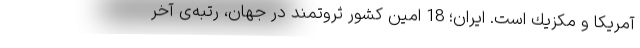
آمریكا و مكزیك است. ایران؛ 18 امین کشور ثروتمند در جهان، رتبه‌ی آخر